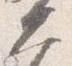
大